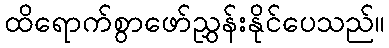
ထိရောက်စွာဖော်ညွှန်းနိုင်ပေသည်။